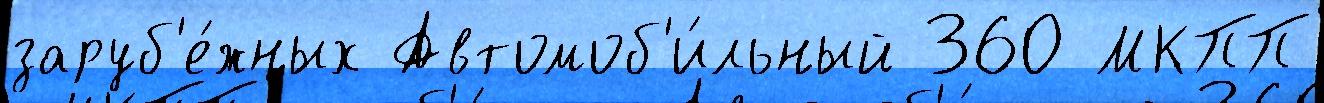
заруб'е́жных Автомоб'и́льный 360 МКПП